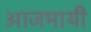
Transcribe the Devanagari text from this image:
आजमायी